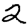
Digit: 2